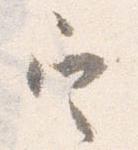
定